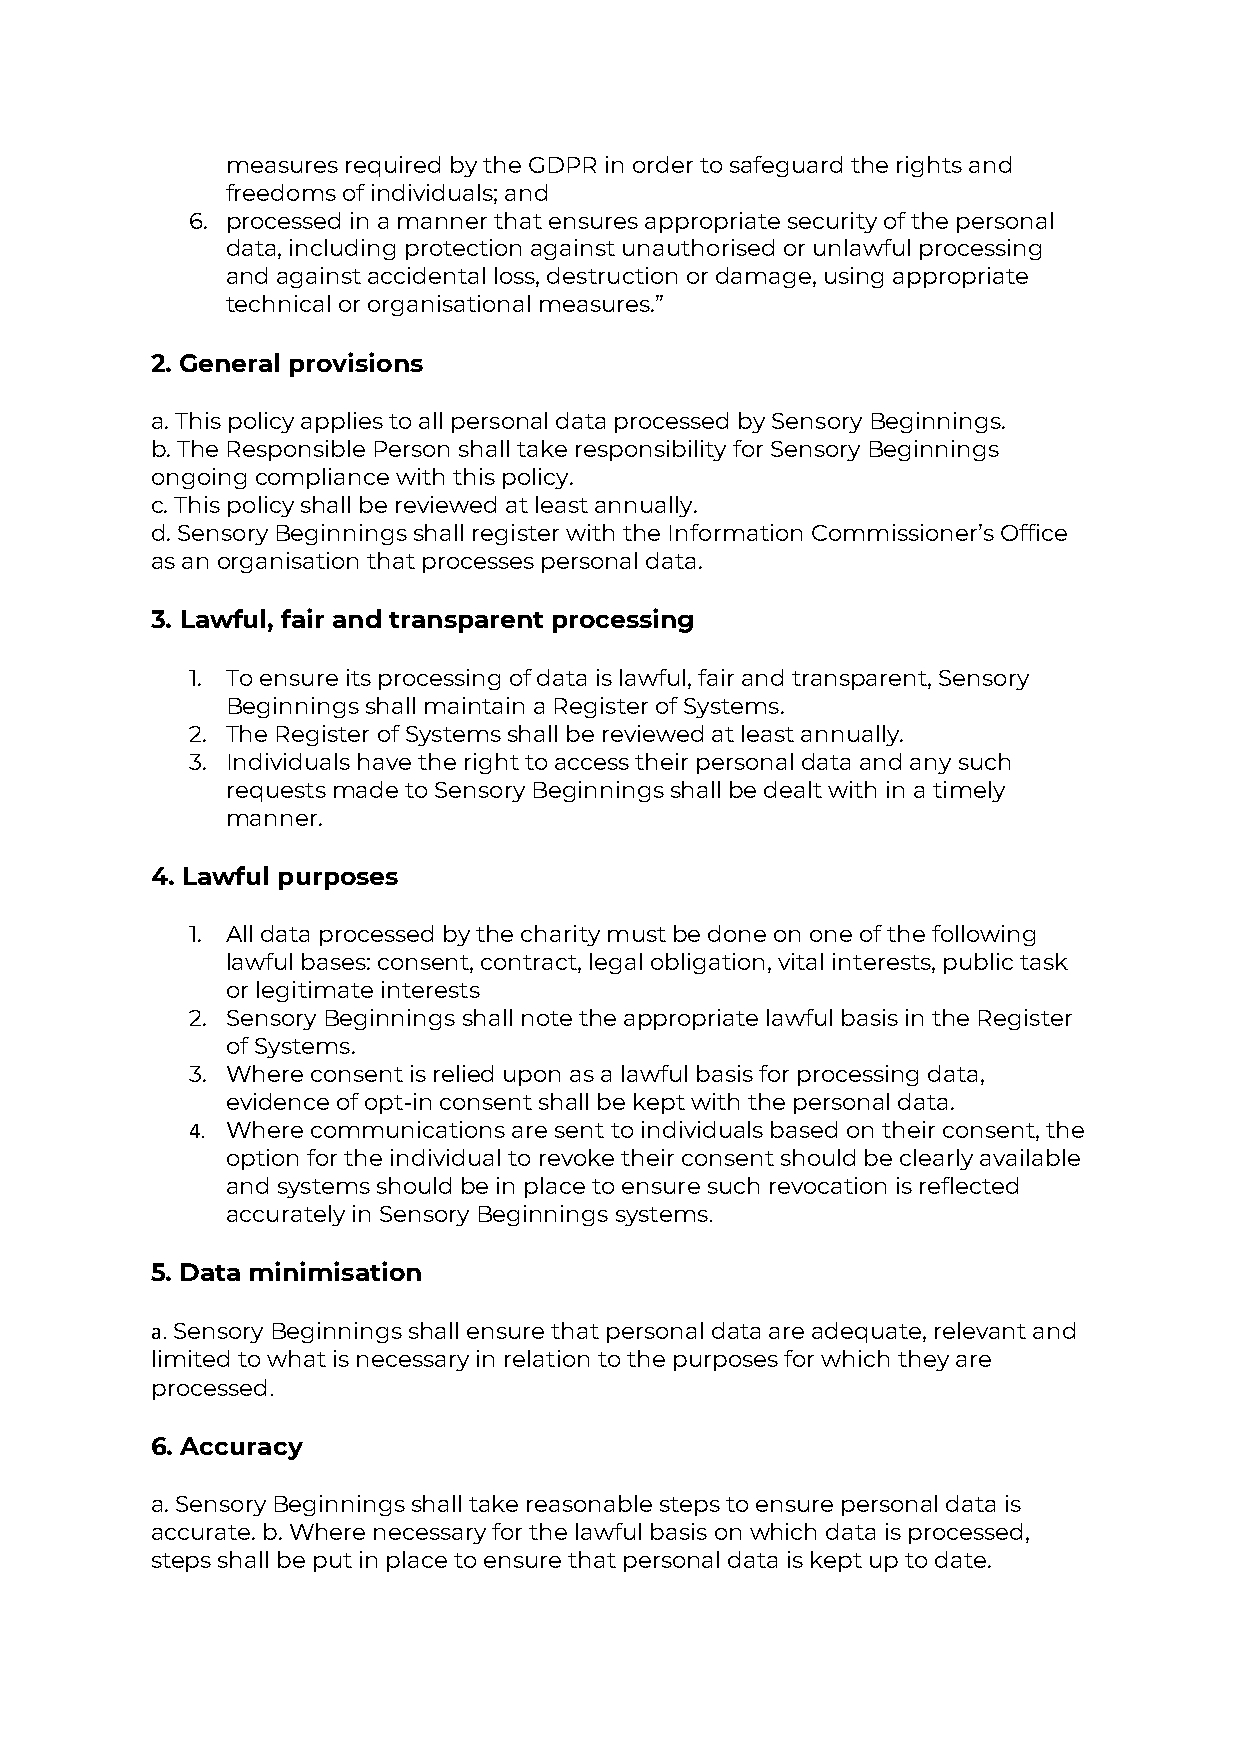
measures required by the GDPR in order to safeguard the rights and
 freedoms of individuals; and
 6. processed in a manner that ensures appropriate security of the personal
 data, including protection against unauthorised or unlawful processing
 and against accidental loss, destruction or damage, using appropriate
 technical or organisational measures.”
 2. General provisions
 a. This policy applies to all personal data processed by Sensory Beginnings.
 b. The Responsible Person shall take responsibility for Sensory Beginnings
 ongoing compliance with this policy.
 c. This policy shall be reviewed at least annually.
 d. Sensory Beginnings shall register with the Information Commissioner’s Office
 as an organisation that processes personal data.
 3. Lawful, fair and transparent processing
 1. To ensure its processing of data is lawful, fair and transparent, Sensory
 Beginnings shall maintain a Register of Systems.
 2. The Register of Systems shall be reviewed at least annually.
 3. Individuals have the right to access their personal data and any such
 requests made to Sensory Beginnings shall be dealt with in a timely
 manner.
 4. Lawful purposes
 1. All data processed by the charity must be done on one of the following
 lawful bases: consent, contract, legal obligation, vital interests, public task
 or legitimate interests
 2. Sensory Beginnings shall note the appropriate lawful basis in the Register
 of Systems.
 3. Where consent is relied upon as a lawful basis for processing data,
 evidence of opt-in consent shall be kept with the personal data.
 4. Where communications are sent to individuals based on their consent, the
 option for the individual to revoke their consent should be clearly available
 and systems should be in place to ensure such revocation is reflected
 accurately in Sensory Beginnings systems.
 5. Data minimisation
 a. Sensory Beginnings shall ensure that personal data are adequate, relevant and
 limited to what is necessary in relation to the purposes for which they are
 processed.
 6. Accuracy
 a. Sensory Beginnings shall take reasonable steps to ensure personal data is
 accurate. b. Where necessary for the lawful basis on which data is processed,
 steps shall be put in place to ensure that personal data is kept up to date.